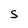
Character: S